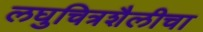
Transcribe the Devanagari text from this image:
लघुचित्रशैलीचा